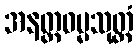
အနတ္တဓမ္မသုတ္တံ